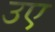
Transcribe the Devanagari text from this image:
उए